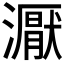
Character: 𰝜